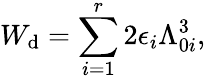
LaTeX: W_{\mathrm{d}}=\sum_{i=1}^{r}2\epsilon_{i}\Lambda_{0i}^{3},